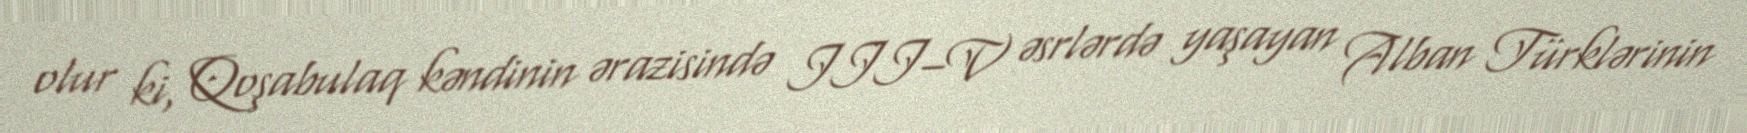
olur ki, Qoşabulaq kəndinin ərazisində III–V əsrlərdə yaşayan Alban Türklərinin